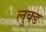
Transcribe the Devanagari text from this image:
लुक्ड